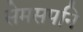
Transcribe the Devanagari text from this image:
सेमसपनि